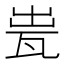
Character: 𤬼